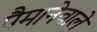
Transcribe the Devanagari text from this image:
पैमानेवाले